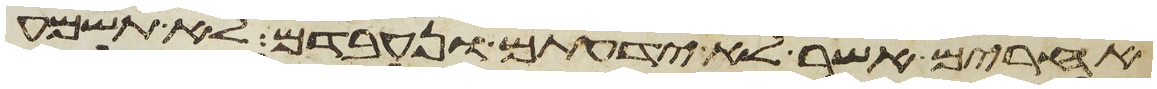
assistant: אחרים אשר לא ידעתם ונעבדם לא תשמע